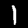
Digit: 1